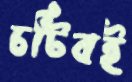
চটিবই